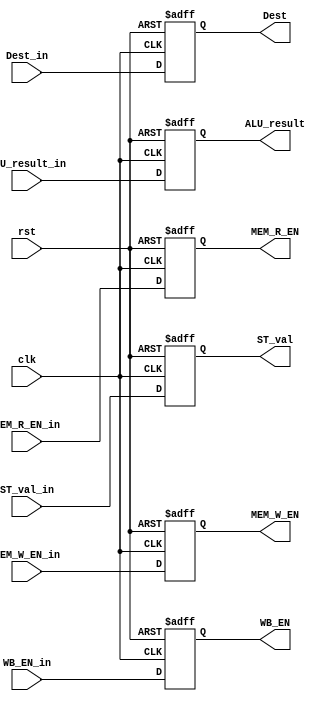
module EXE_Stage_Reg(
  input clk, rst, WB_EN_in, MEM_R_EN_in, MEM_W_EN_in,
  input[31:0] ALU_result_in, ST_val_in,
  input[3:0] Dest_in,
  output reg WB_EN, MEM_R_EN, MEM_W_EN,
  output reg[31:0] ALU_result, ST_val,
  output reg[3:0] Dest
);

  always@(posedge clk, posedge rst) begin
    if(rst) begin
      WB_EN <= 0; MEM_R_EN <= 0; MEM_W_EN <= 0; ALU_result <= 0; ST_val <= 0; Dest <= 0;
    end
    else begin
      WB_EN <= WB_EN_in; MEM_R_EN <= MEM_R_EN_in; MEM_W_EN <= MEM_W_EN_in; ALU_result <= ALU_result_in; ST_val <= ST_val_in; Dest <= Dest_in;
    end
  end

endmodule